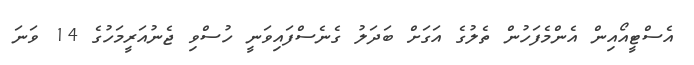
އެސްޓީއޯއިން އެންމެފަހުން ތެލުގެ އަގަށް ބަދަލު ގެނެސްފައިވަނީ ހުސްވި ޖެނުއަރީމަހުގެ 14 ވަނަ